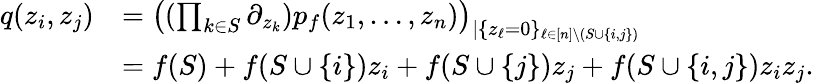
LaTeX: \begin{array}{rl}{q(z_{i},z_{j})}&{=\left((\prod_{k\in S}\partial_{z_{k}})p_{f}(z_{1},\dots,z_{n})\right)_{|\{ z_{\ell}=0\} _{\ell\in[n]\setminus(S\cup\{ i,j\} )}}}\\ &{=f(S)+f(S\cup\{ i\} )z_{i}+f(S\cup\{ j\} )z_{j}+f(S\cup\{ i,j\} )z_{i}z_{j}.}\end{array}